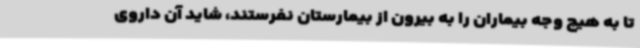
تا به هیچ وجه بیماران را به بیرون از بیمارستان نفرستند، شاید آن داروی